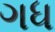
ગધ